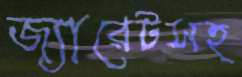
জ্যারেটসহ